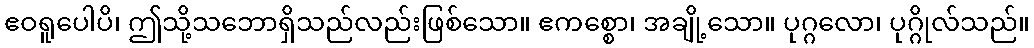
ဧဝရူပေါပိ၊ ဤသို့သဘောရှိသည်လည်းဖြစ်သော။ ဧကစ္စော၊ အချို့သော။ ပုဂ္ဂလော၊ ပုဂ္ဂိုလ်သည်။